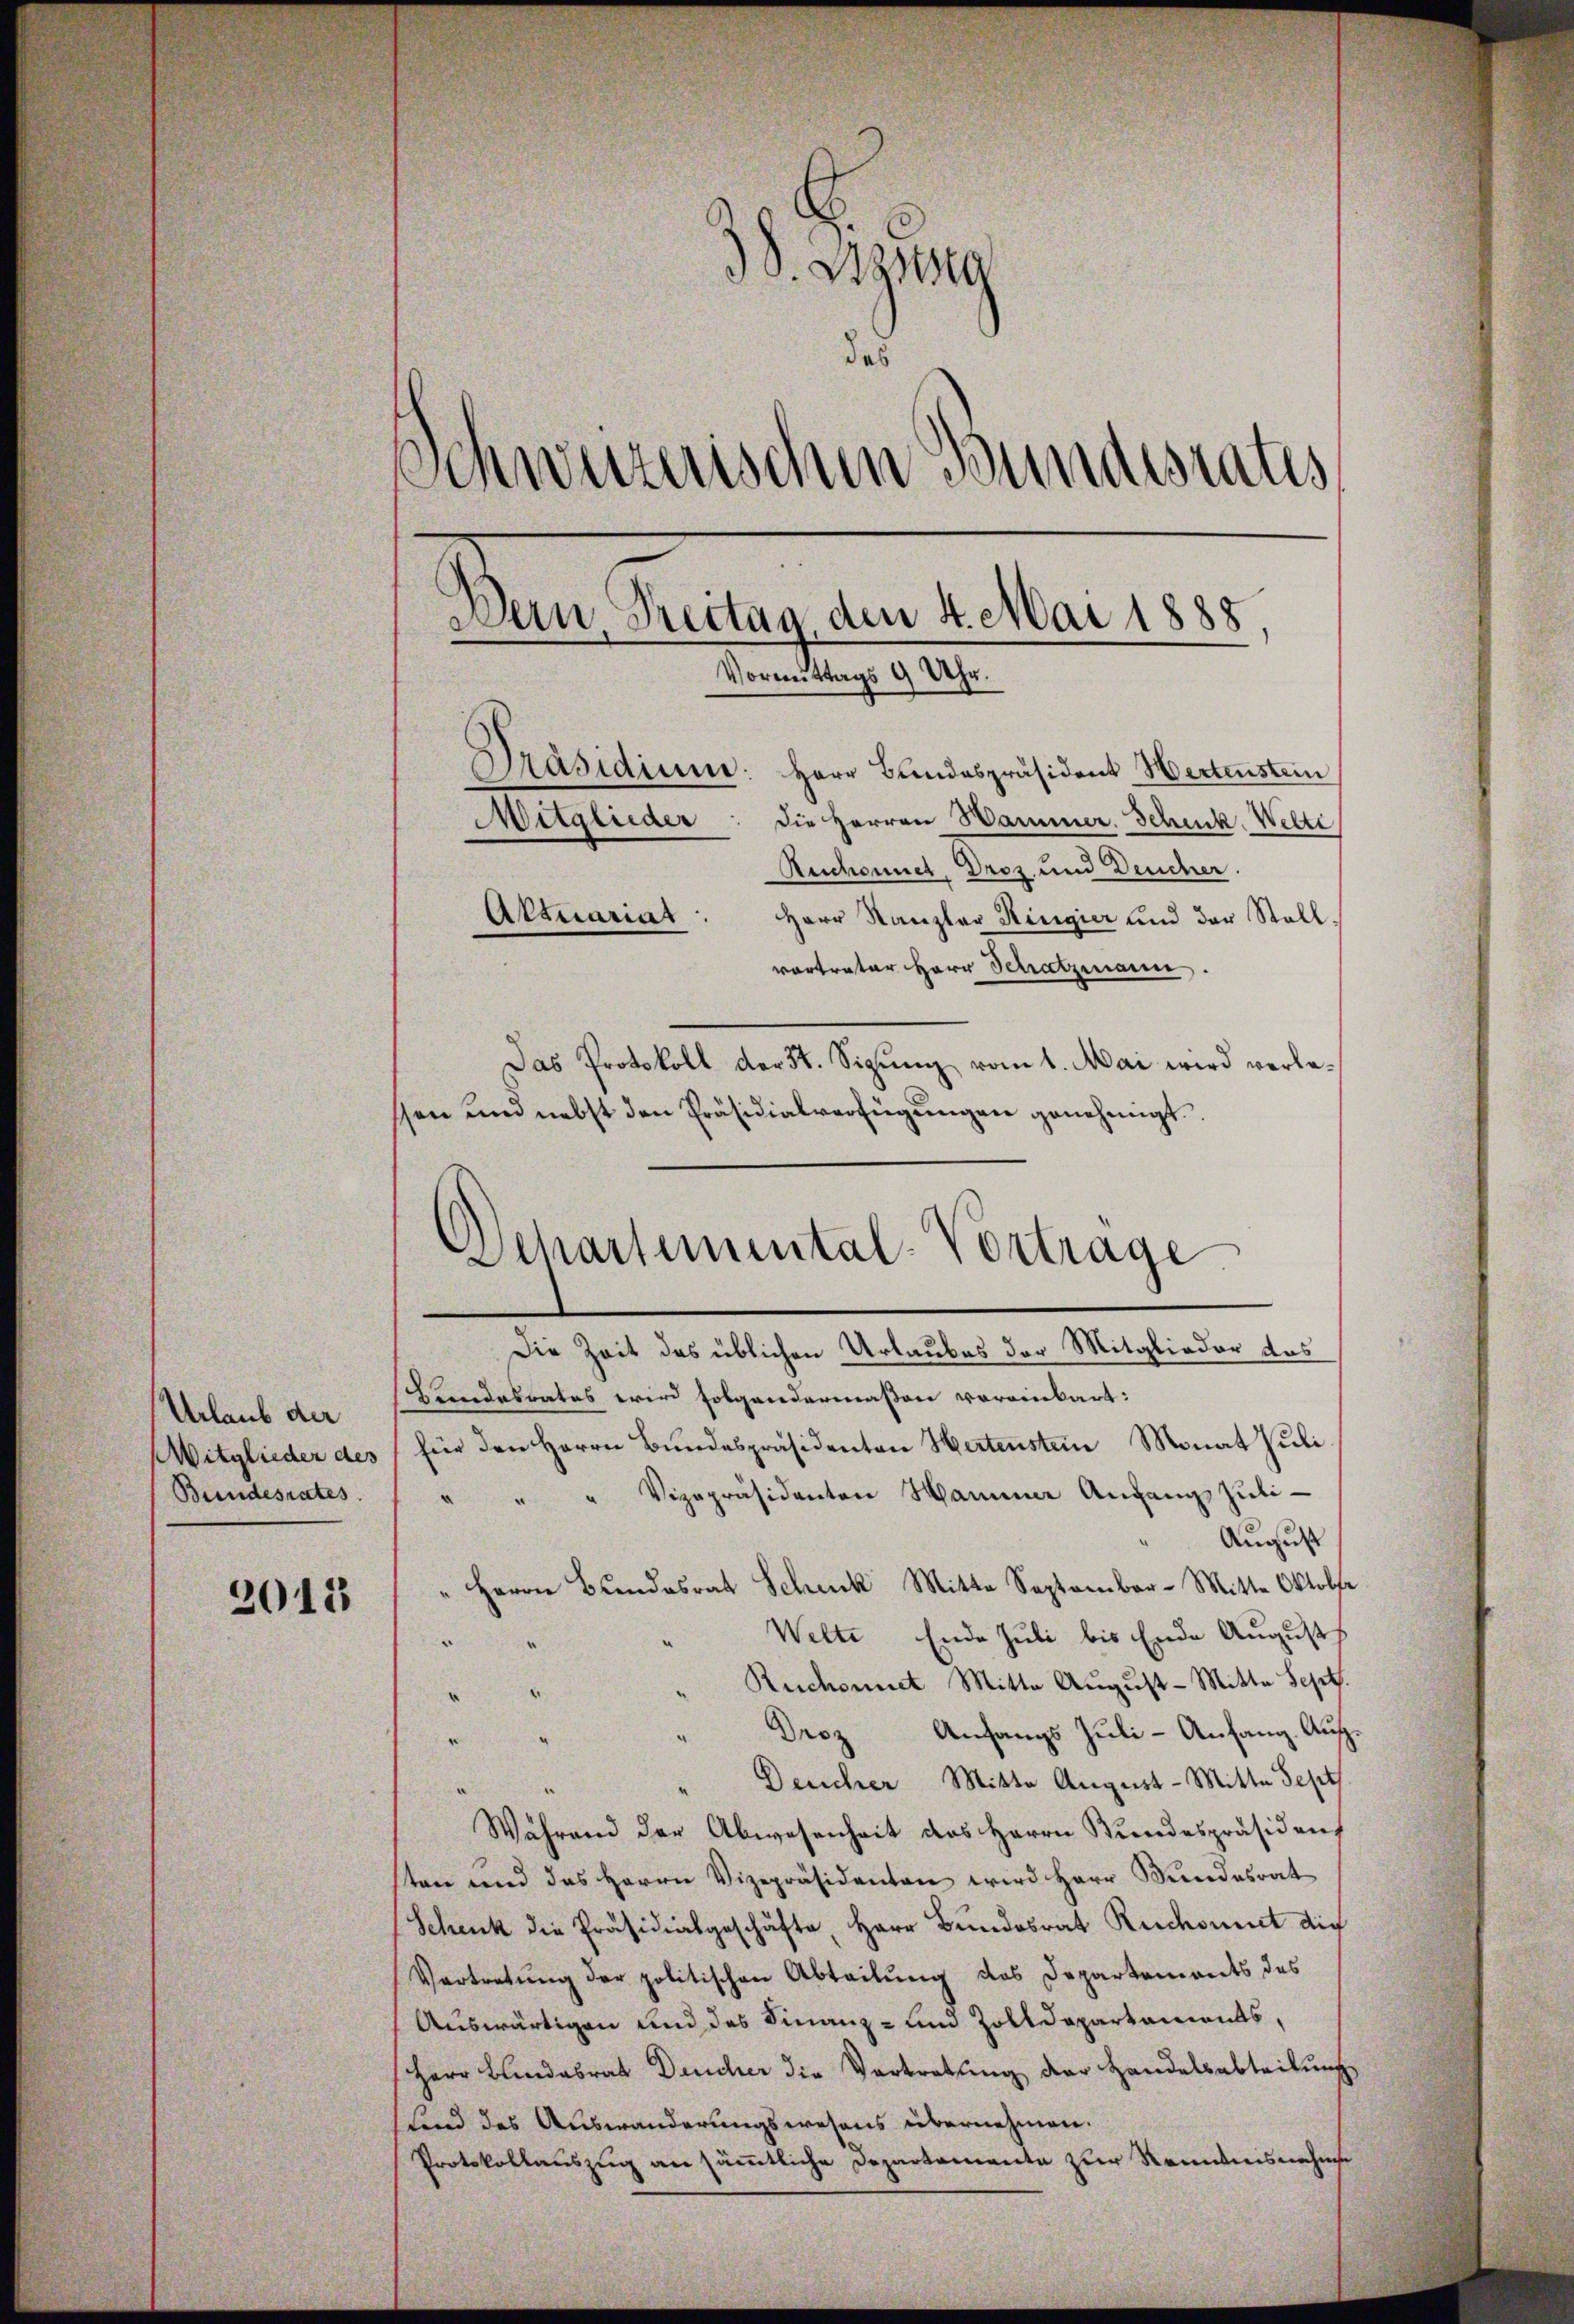
Urlaub der
Witglieder des
Bundesrates.

2013

S. Diesig
das
Schweizerischen Bundesrates
Dein Prectua den 4. Mai 1888
Vormittags 9 Uhr.
Präsidium: Herr Bundespräsident Wertenstein
die Herren Hammer. Schenk, Welte
Mitglieder
Ruchonnet, Droz. und Deucher.
Aktuariat
Herr Kanzler Ringier und der Stall
vortreter Herr Schatzmann.

Das Protokoll der 5t. Sigŭng vom 1. Mai wird verlessen und nebst den Präsidialverfügungen genehmigt.

Landesrates wird folgendermaßen voreinkart:
für den Herrn Bundespräsidenten Hertenstein Monat Juli
" Vizepräsidenten Hammer Angangs Juli¬
“
August
" Herrn Bŭndesrat Schuck Mitte September-Mitte Oktobe
Welte Ende Juli bis Ende Augusts
.
.
¬
" Ruchomit Mitte August - Mitte Sept.
.
“
Droz Anfangs Juli-Anfang. Aug.
.
Deucher Mitta August - Mitte Sept.
Während der Abwesenheit des Herrn Bundespräsident
ten und das Herrn Vizepräsidenten wird Herr Kindesrat
Schenk die Präsidialgeschäfte, Herr Bundesrat Reichsmut die
Vortretung der politischen Abteilung des Departemonts des
Auswärtigen und des Finanz- und Zolldepartaments,
Herr Blindesrat Deucher die Vertretung der Handelsabteilung
sind des Auswanderungswesens übernehmen.
Protokollauszug an sämmtliche Departemente zur Kenntnisnahme

)
e
Schartemental-Vortrage
Die Zeit des üblichen Urlaubes der Mitglieder das